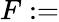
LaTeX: F:=